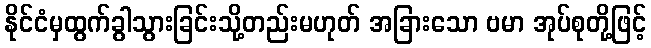
နိုင်ငံမှထွက်ခွါသွားခြင်းသို့တည်းမဟုတ် အခြားသော ဗမာ အုပ်စုတို့ဖြင့်